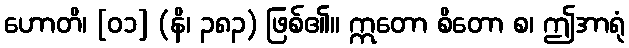
ဟောတိ၊ [၀၁] (နိ၊ ၃၈၃) ဖြစ်၏။ ဣတော စိတော စ၊ ဤအာရုံ